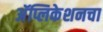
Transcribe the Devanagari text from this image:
अॅप्लिकेशनचा